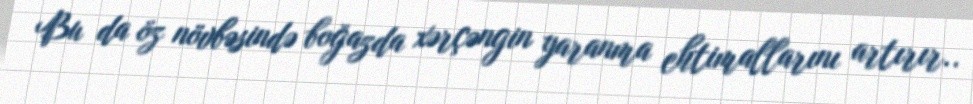
Bu da öz növbəsində boğazda xərçəngin yaranma ehtimallarını artırır..